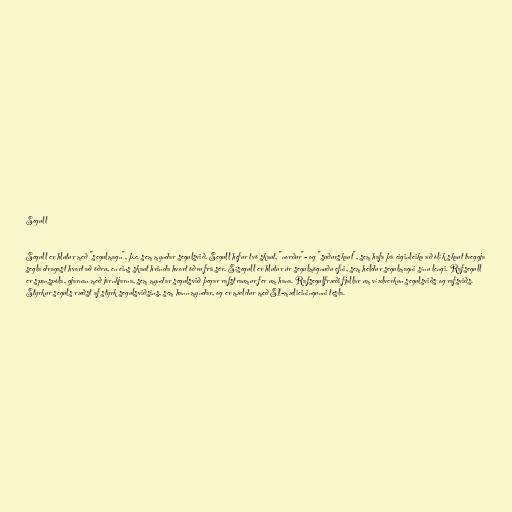
Segull

Segull er hlutur með "segulmagn", þ.e. sem myndar segulsvið. Segull hefur tvö skaut, "norður"- og "suðurskaut", sem hafa þá eiginleika að ólík skaut tveggja
segla dragast hvort að öðru, en eins skaut hrinda hvort öðru frá sér. Sísegull er hlutur úr segulmögnuðu efni, sem heldur segulmagni sínu lengi. Rafsegull
er spanspóla, gjarnan með járnkjarna, sem myndar segulsvið þegar rafstraumur fer um hana. Rafsegulfræði fjallar um víxlverkun segulsviðs og rafsviðs.
Styrkur seguls ræðst af styrk segulsviðsins, sem hann myndar, og er mældur með SI-mælieiningunni tesla.